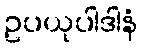
ဥပယုပါဒါနံ